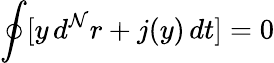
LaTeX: \oint[y\, d^{\mathcal{N}}r+j(y)\, dt]=0